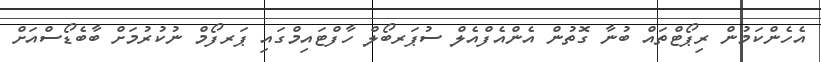
އެހެންކަމުން ރިޕޯޓްތައް ބުނާ ގޮތުން އެންއެފްއެލް ސުޕަރބޯލް ހާފްޓައިމްގައި ޕަރފޯމް ނުކުރުމަށް ބާބެޑޯސްއަށް